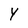
Character: Y